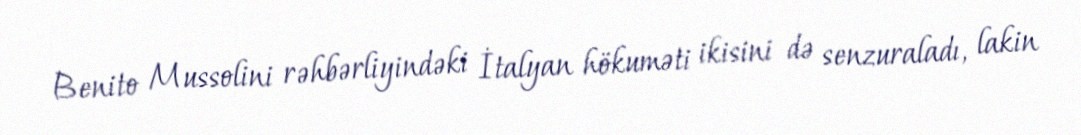
Benito Mussolini rəhbərliyindəki İtalyan hökuməti ikisini də senzuraladı, lakin